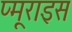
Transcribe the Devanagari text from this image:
प्मूराइस